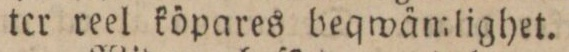
ter reel köpares beqwämlighet.